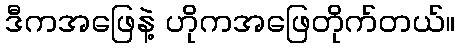
ဒီကအဖြေနဲ့ ဟိုကအဖြေတိုက်တယ်။